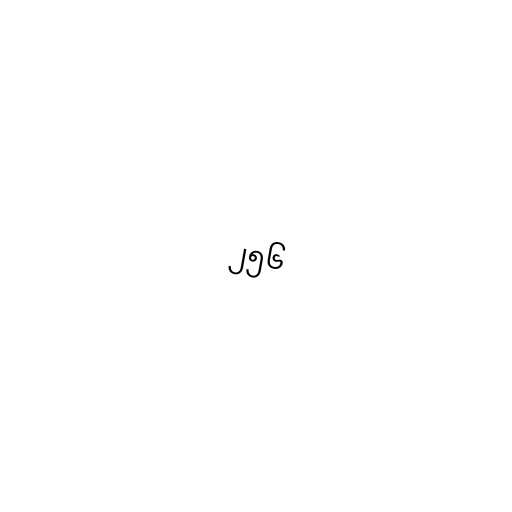
၂၅၆